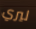
ليري